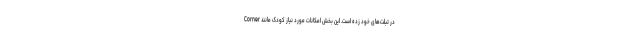
Corner در تبلت‌های خود زده است. این بخش امکانات مورد نیاز کودک مانند